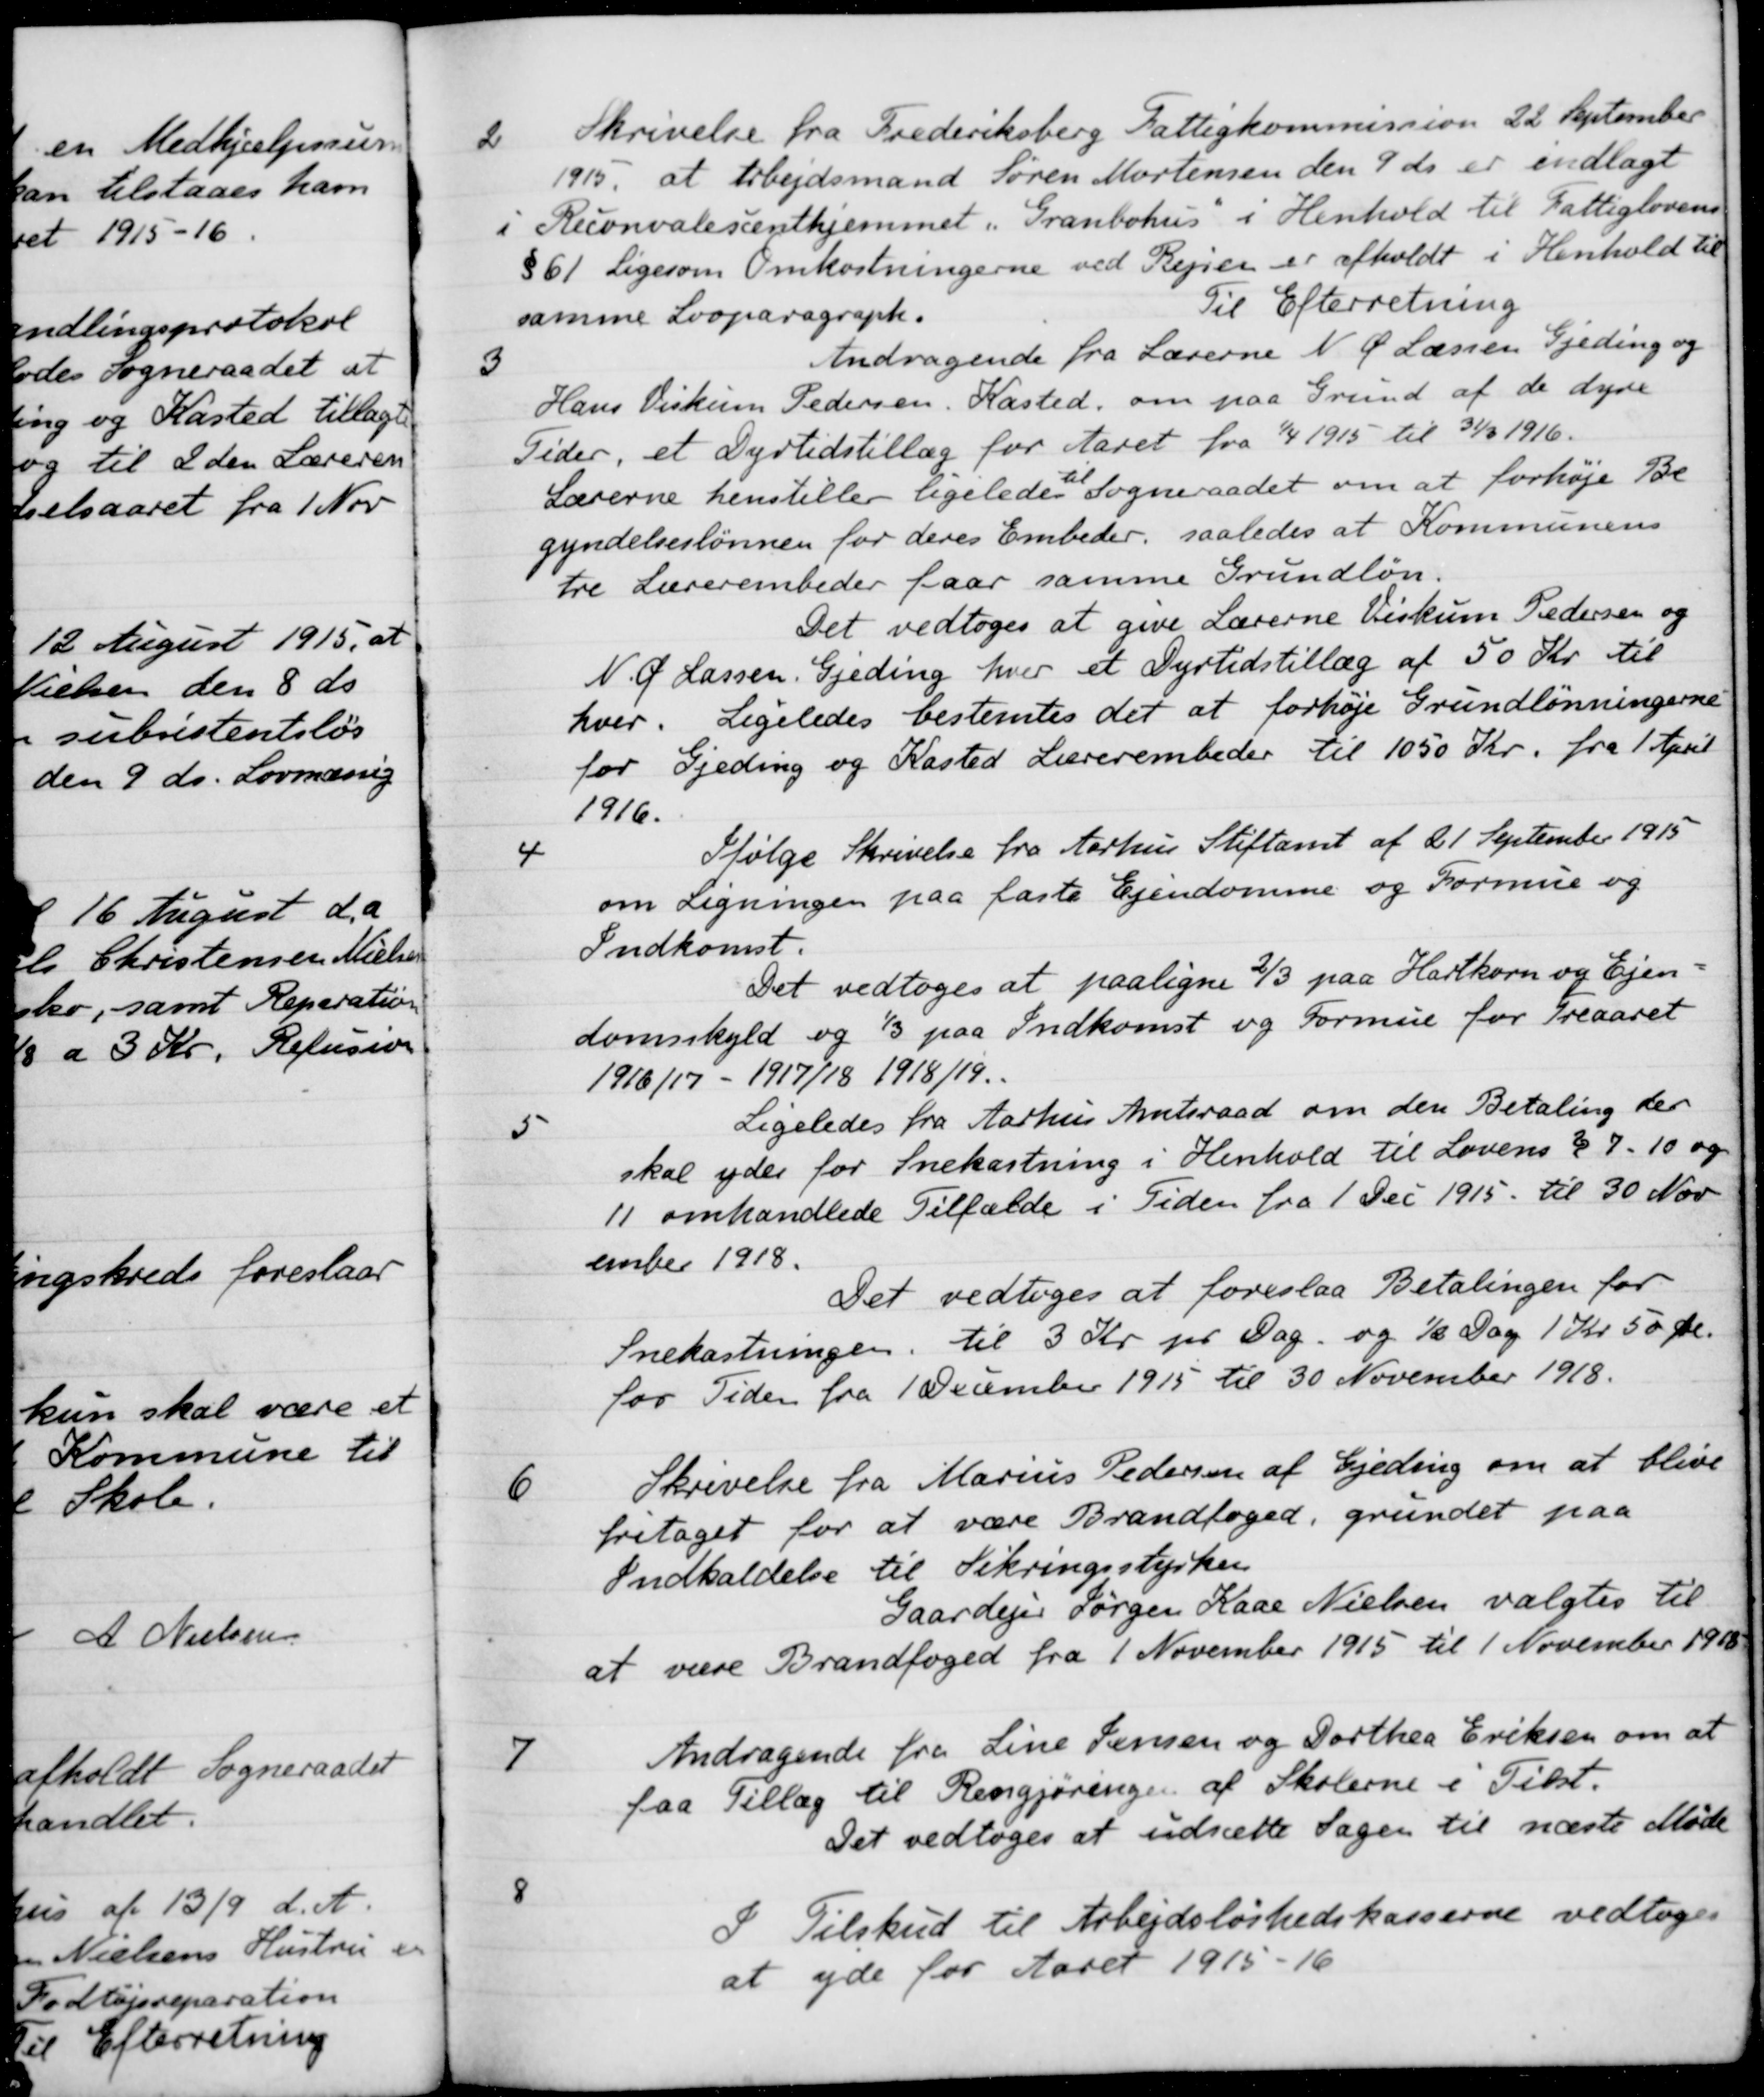
Transskription:
2
Skrivelse fra Frederiksberg Fattigkommission 22 September
1915, at Arbejdsmand Søren Mortensen den 9 ds. er indlagt
i Reconvalesenthjemmet "Granbohus" i Henhold til Fattiglovens
§ 61 Ligesom Omkostningerne ved Rejser er afholdt i Henhold til
samme Lovparagraph.
Til Efterretning
3
Andragende fra Lærerne N. Ø. Lassen Gjeding og
Hans Viskum Pedersen, Kasted, om paa Grund af de dyre
Tider, et Dyrtidstillæg for Aaret fra 1/4 1915 til 31/3 1916.
Lærerne henstiller ligeledes til Sogneraadet om at forhøje Be
gyndelseslønnen for deres Embeder, saaledes at Kommunens
tre Lærerembeder faar samme Grundløn.
Det vedtoges at give Lærerne Viskum Pedersen og
N. Ø. Lassen, Gjeding hver et Dyrtidstillæg af 50 Kr. til
hver. Ligeledes bestemtes det at forhøje Grundlønningerne
for Gjeding og Kasted Lærerembeder til 1050 Kr. fra 1 April
1916.
4
Ifølge Skrivelse fra Aarhus Stiftamt af 21 September 1915
om Ligningen paa faste Ejendomme og Formue og
Indkomst.
Det vedtoges at paaligne 2/3 paa Hartkorn og Ejen-
domsskyld og 1/3 paa Indkomst og Formue for Treaaret
1916/17 - 1917/18 1918/19.
5
Ligeledes fra Aarhus Amtsraad om den Betaling der
skal yder for Snekastning i Henhold til Lovens § 7.10 og
11 omhandlede Tilfælde i Tiden fra 1 Dec 1915 til 30 Nov
ember 1918.
Det vedtoges at foreslaa Betalingen for
Snekastningen til 3 Kr pr Dag og ½ Dag 1 Kr 50 Øre.
for Tiden fra 1 December 1915 til 30 November 1918.
6
Skrivelse fra Marius Pedersen af Gjeding om at blive
fritaget for at være Brandfoged, grundet paa
Indkaldelse til Sikringsstyrken
Gaardejer Jørgen Kaae Nielsen valgtes til
at være Brandfoged fra 1 November 1915 til 1 November 1918
7
Andragende fra Line Jensen og Dorthea Eriksen om at
faa Tillæg til Rengjøringen af Skolerne i Tilst.
Det vedtoges at udsætte Sagen til næste Møde
8
I Tilskud til Arbejdsløshedskasserne vedtoges
at yde for Aaret 1915-16